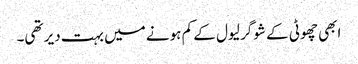
ابھی چھوٹی کے شوگر لیول کے کم ہونے میں بہت دیر تھی۔